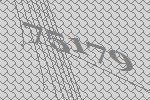
75179